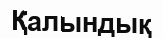
Қалындық